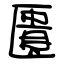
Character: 匱